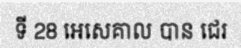
ទី 28 អេសេគាល បាន ជេរ